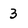
Character: 3